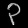
Digit: ၃